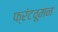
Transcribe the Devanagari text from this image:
फ्रंटवूमन